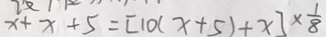
x + x + 5 = [ 1 0 ( x + 5 ) + x ] \times \frac { 1 } { 8 }